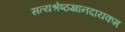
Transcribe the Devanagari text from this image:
सत्यश्रेष्ठज्ञानदायकम